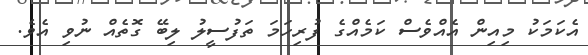
އެކަމަކު މިއިން އެއްވެސް ކަމެއްގެ ފުރިހަމަ ތަފުސީލު ލިބޭ ގޮތެއް ނުވި އެވެ.